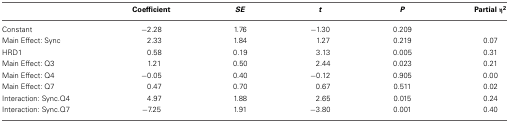
|  | Coefficient | SE | t | P | Partial η2 |
 | --- | --- | --- | --- | --- | --- |
 | Constant | −2.28 | 1.76 | −1.30 | 0.209 |  |
 | Main Effect: Sync | 2.33 | 1.84 | 1.27 | 0.219 | 0.07 |
 | HRD1 | 0.58 | 0.19 | 3.13 | 0.005 | 0.31 |
 | Main Effect: Q3 | 1.21 | 0.50 | 2.44 | 0.023 | 0.21 |
 | Main Effect: Q4 | −0.05 | 0.40 | −0.12 | 0.905 | 0.00 |
 | Main Effect: Q7 | 0.47 | 0.70 | 0.67 | 0.511 | 0.02 |
 | Interaction: Sync.Q4 | 4.97 | 1.88 | 2.65 | 0.015 | 0.24 |
 | Interaction: Sync.Q7 | −7.25 | 1.91 | −3.80 | 0.001 | 0.40 |